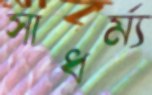
সাধর্ম্য